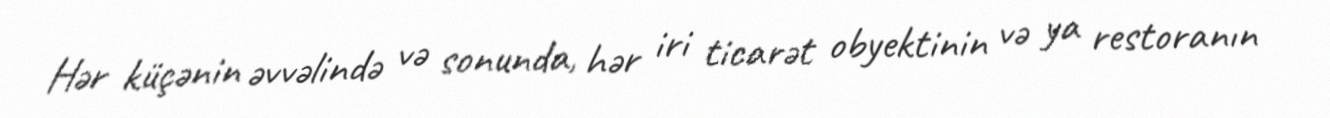
Hər küçənin əvvəlində və sonunda, hər iri ticarət obyektinin və ya restoranın